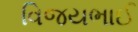
વિજયભાઈ